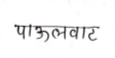
मजकूर: पाऊलवाट